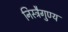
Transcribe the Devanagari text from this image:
निस्त्रैगुण्य